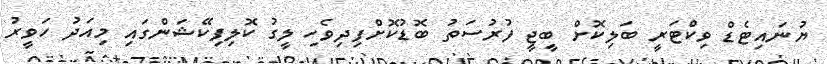
ޔުނައިޓެޑް ވިކްޓަރީ ބަލިކޮށް ބީޖީ ފުރުސަތު ބޮޑުކޮށްފިދިވެހި ލީގު ކޮލިފިކޭޝަންގައި މިއަދު ހަވީރު